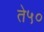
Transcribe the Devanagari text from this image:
ते५०